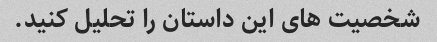
شخصیت های این داستان را تحلیل کنید.